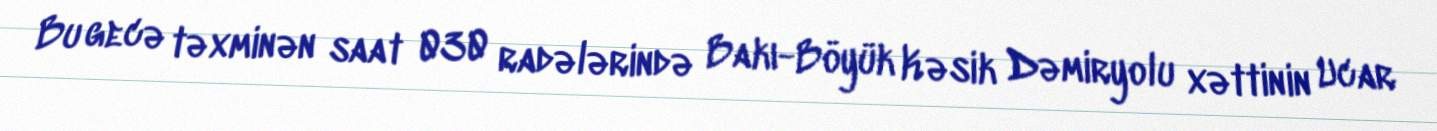
Bu gecə təxminən saat 030 radələrində Bakı-Böyük Kəsik Dəmiryolu xəttinin Ucar